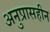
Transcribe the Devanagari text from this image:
अनुप्रासहीन